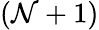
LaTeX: (\mathcal{N}+1)